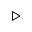
\triangleright